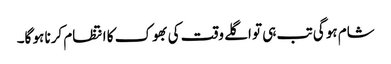
شام ہو گی تب ہی تو اگلے وقت کی بھوک کا انتظام کرنا ہو گا۔